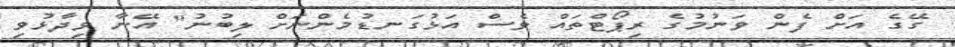
ގޭގެ އަށް ފެން ވަނުމުގެ ރިޕޯޓްތައް ވެސް އަޅުގަނޑުމެންނަށް ލިބުނު" އޭނާ ވިދާޅުވި